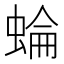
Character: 蜦